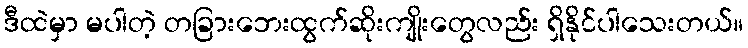
ဒီထဲမှာ မပါတဲ့ တခြားဘေးထွက်ဆိုးကျိုးတွေလည်း ရှိနိုင်ပါသေးတယ်။